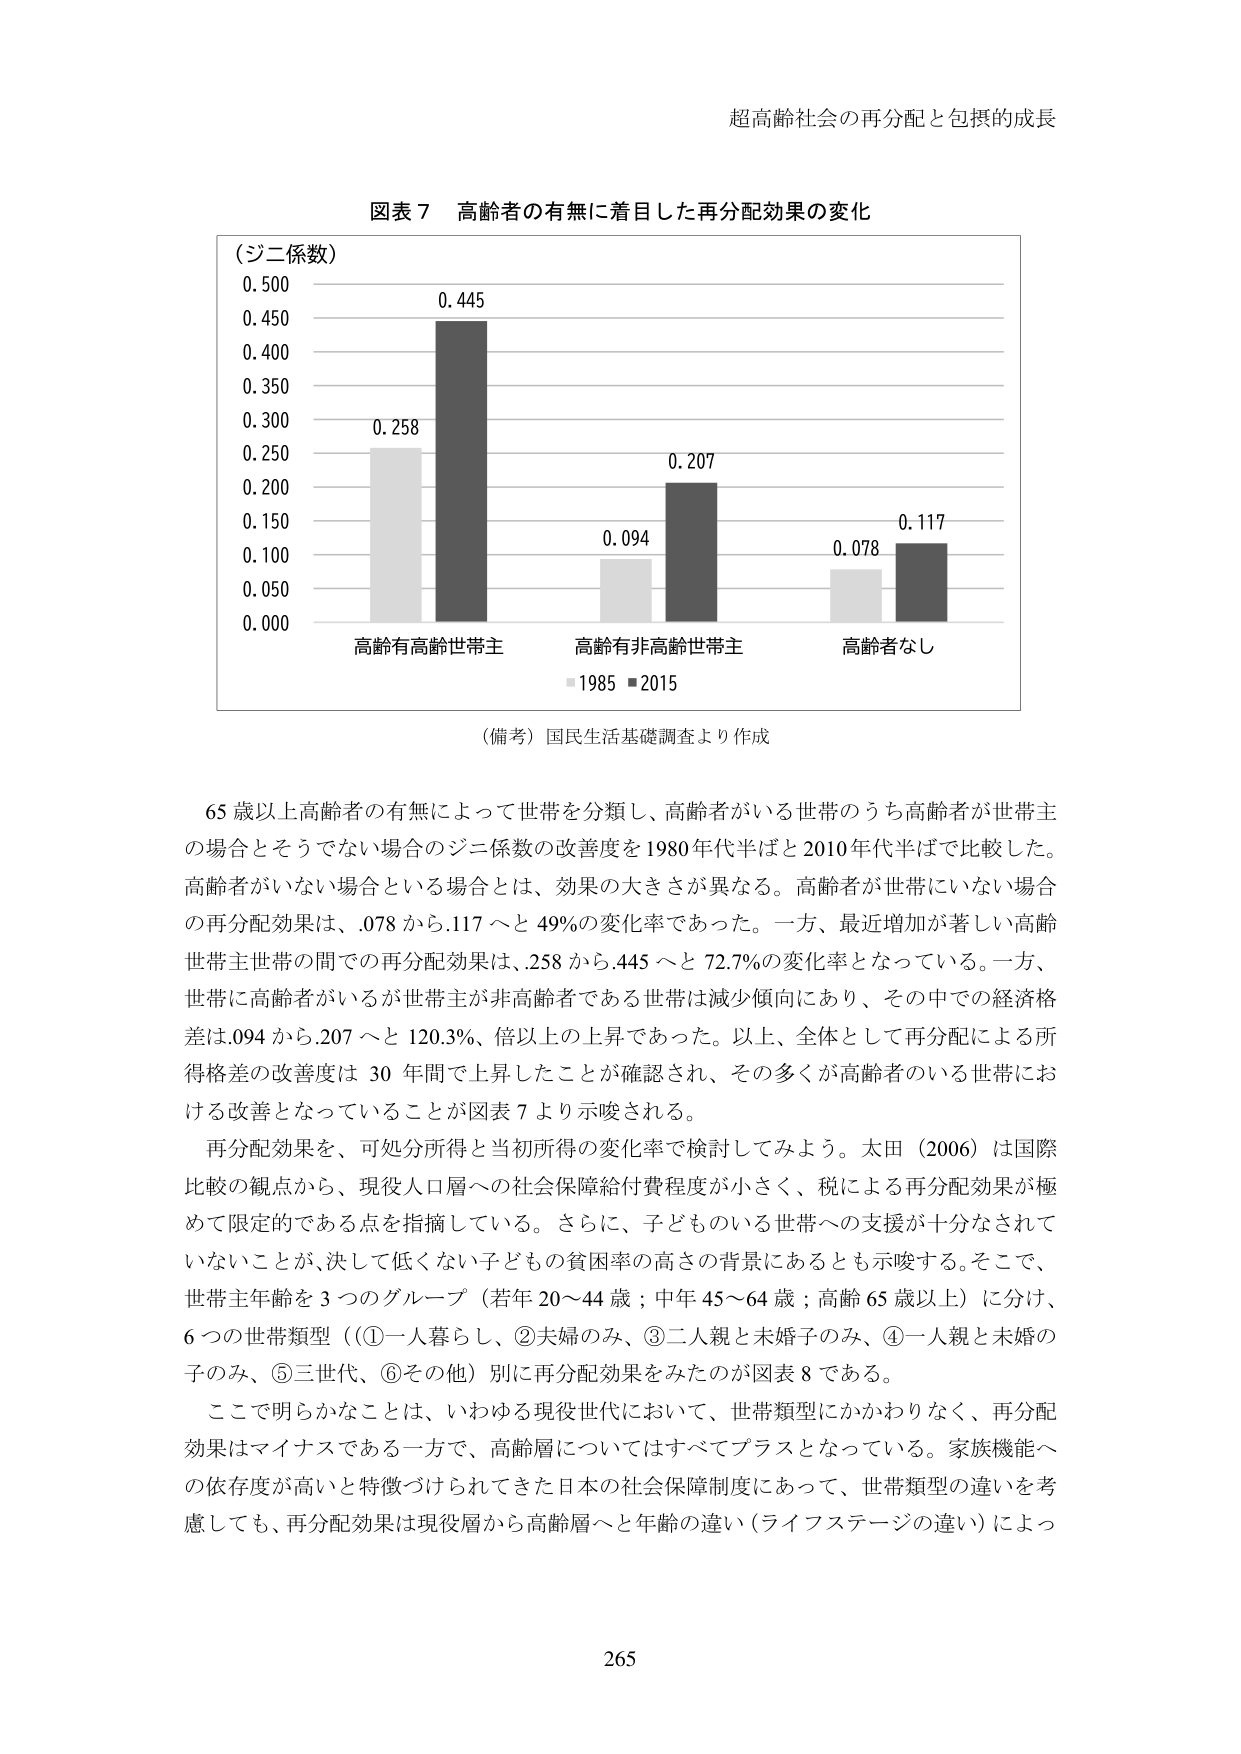
超高齢社会の再分配と包摂的成長

図表７ 高齢者の有無に着目した再分配効果の変化

（ジニ係数）
0.500
0.450
0.400
0.350
0.300
0.250
0.200
0.150
0.100
0.050
0.000

0.258
0.445
0.094
0.207
0.078
0.117

高齢有高齢世帯主
高齢有非高齢世帯主
高齢者なし

■1985 ■2015

（備考）国民生活基礎調査より作成

65歳以上高齢者の有無によって世帯を分類し、高齢者がいる世帯のうち高齢者が世帯主の場合とそうでない場合のジニ係数の改善度を1980年代半ばと2010年代半ばで比較した。高齢者がいない場合という場合とは、効果の大きさが異なる。高齢者が世帯にいない場合の再分配効果は、.078から.117へと49%の変化率であった。一方、最近増加が著しい高齢世帯主世帯の間での再分配効果は、.258から.445へと72.7%の変化率となっている。一方、世帯に高齢者がいるが世帯主が非高齢者である世帯は減少傾向にあり、その中での経済格差は.094から.207へと120.3%、倍以上の上昇であった。以上、全体として再分配による所得格差の改善度は30年間で上昇したことが確認され、その多くが高齢者のいる世帯における改善となっていることが図表7より示唆される。

再分配効果を、可処分所得と当初所得の変化率で検討してみよう。太田（2006）は国際比較の観点から、現役人口層への社会保障給付費程度が小さく、税による再分配効果が極めて限定的である点を指摘している。さらに、子どものある世帯への支援が十分なされていないことが、決して低くない子どもの貧困率の高さの背景にあるとも示唆する。そこで、世帯主年齢を3つのグループ（若年20～44歳；中年45～64歳；高齢65歳以上）に分け、6つの世帯類型（①一人暮らし、②夫婦のみ、③二人親と未婚子のみ、④一人親と未婚の子のみ、⑤三世代、⑥その他）別に再分配効果をみたのが図表8である。

ここで明らかなことは、いわゆる現役世代において、世帯類型にかかわりなく、再分配効果はマイナスである一方で、高齢層についてはすべてプラスとなっている。家族機能への依存度が高いと特徴づけられてきた日本の社会保障制度にあって、世帯類型の違いを考慮しても、再分配効果は現役層から高齢層へと年齢の違い（ライフステージの違い）によっ

265